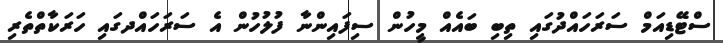
ސްޓޭޑިއަމް ސަރަހައްދުގައި ތިބި ބައެއް މީހުން ސިފައިންނާ ފުލުހުން އެ ސަރަހައްދގައި ހަރަކާތްތެރި